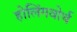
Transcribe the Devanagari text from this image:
होलिंगवोर्थ